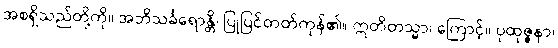
အစရှိသည်တို့ကို။ အဘိသင်္ခရောန္တိ၊ ပြုပြင်တတ်ကုန်၏။ ဣတိတသ္မာ၊ ကြောင့်။ ပုထုဇ္ဇနာ၊